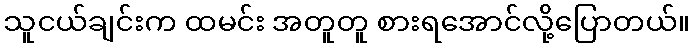
သူငယ်ချင်းက ထမင်း အတူတူ စားရအောင်လို့ပြောတယ်။